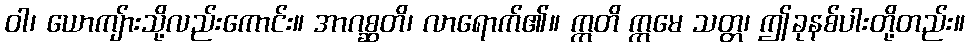
ဝါ၊ ယောကျ်ားသို့လည်းကောင်း။ အာဂစ္ဆတိ၊ လာရောက်၏။ ဣတိ ဣမေ သတ္တ၊ ဤခုနစ်ပါးတို့တည်း။